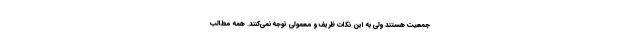
جمعیت هستند ولی به این نکات ظریف و معمولی توجه نمی‌کنند. همه مطالب